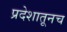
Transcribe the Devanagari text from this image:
प्रदेशातूनच